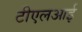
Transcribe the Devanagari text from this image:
टीएलआई